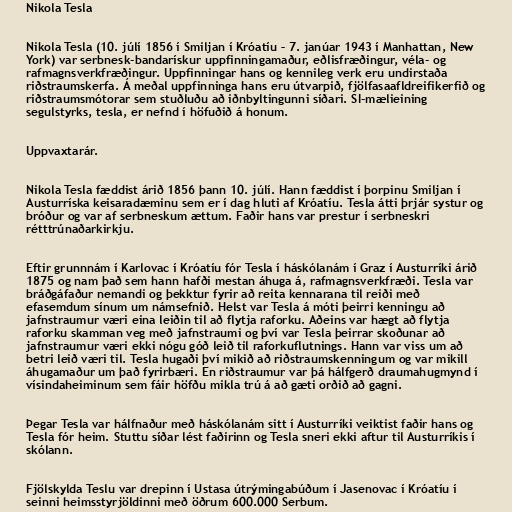
Nikola Tesla

Nikola Tesla (10. júlí 1856 í Smiljan í Króatíu – 7. janúar 1943 í Manhattan, New
York) var serbnesk-bandarískur uppfinningamaður, eðlisfræðingur, véla- og
rafmagnsverkfræðingur. Uppfinningar hans og kennileg verk eru undirstaða
riðstraumskerfa. Á meðal uppfinninga hans eru útvarpið, fjölfasaafldreifikerfið og
riðstraumsmótorar sem stuðluðu að iðnbyltingunni síðari. SI-mælieining
segulstyrks, tesla, er nefnd í höfuðið á honum.

Uppvaxtarár.

Nikola Tesla fæddist árið 1856 þann 10. júlí. Hann fæddist í þorpinu Smiljan í
Austurríska keisaradæminu sem er í dag hluti af Króatíu. Tesla átti þrjár systur og
bróður og var af serbneskum ættum. Faðir hans var prestur í serbneskri
rétttrúnaðarkirkju.

Eftir grunnnám í Karlovac í Króatíu fór Tesla í háskólanám í Graz í Austurríki árið
1875 og nam það sem hann hafði mestan áhuga á, rafmagnsverkfræði. Tesla var
bráðgáfaður nemandi og þekktur fyrir að reita kennarana til reiði með
efasemdum sínum um námsefnið. Helst var Tesla á móti þeirri kenningu að
jafnstraumur væri eina leiðin til að flytja raforku. Aðeins var hægt að flytja
raforku skamman veg með jafnstraumi og því var Tesla þeirrar skoðunar að
jafnstraumur væri ekki nógu góð leið til raforkuflutnings. Hann var viss um að
betri leið væri til. Tesla hugaði því mikið að riðstraumskenningum og var mikill
áhugamaður um það fyrirbæri. En riðstraumur var þá hálfgerð draumahugmynd í
vísindaheiminum sem fáir höfðu mikla trú á að gæti orðið að gagni.

Þegar Tesla var hálfnaður með háskólanám sitt í Austurríki veiktist faðir hans og
Tesla fór heim. Stuttu síðar lést faðirinn og Tesla sneri ekki aftur til Austurríkis í
skólann.

Fjölskylda Teslu var drepinn í Ustasa útrýmingabúðum í Jasenovac í Króatíu í
seinni heimsstyrjöldinni með öðrum 600.000 Serbum.